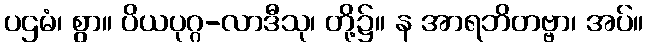
ပဌမံ၊ စွာ။ ပိယပုဂ္ဂ-လာဒီသု၊ တို့၌။ န အာရဘိတဗ္ဗာ၊ အပ်။